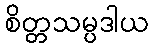
စိတ္တသမ္ပဒါယ